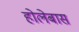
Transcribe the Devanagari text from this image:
होलेबास